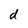
Character: d